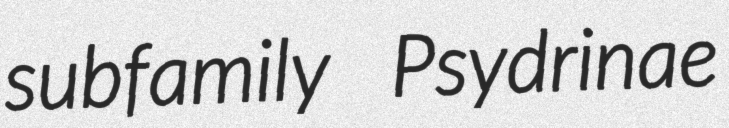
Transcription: subfamily Psydrinae